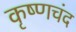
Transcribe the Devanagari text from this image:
कृष्णचंद